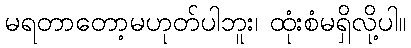
မရတာတော့မဟုတ်ပါဘူး၊ ထုံးစံမရှိလို့ပါ။